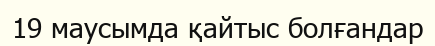
19 маусымда қайтыс болғандар